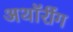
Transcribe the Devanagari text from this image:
अथॉरींग